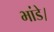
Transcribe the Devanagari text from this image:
भांडे।